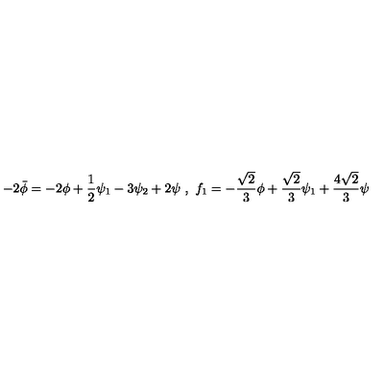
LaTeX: - 2 \bar { \phi } = - 2 \phi + \frac { 1 } { 2 } \psi _ { 1 } - 3 \psi _ { 2 } + 2 \psi \ , \ f _ { 1 } = - \frac { \sqrt { 2 } } { 3 } \phi + \frac { \sqrt { 2 } } { 3 } \psi _ { 1 } + \frac { 4 \sqrt { 2 } } { 3 } \psi